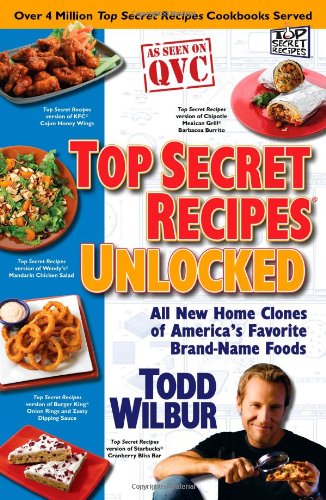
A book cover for Top Secret Recipes Unlocked: All New Home Clones of America's Favorite Brand-Name Foods; Todd Wilbur; Reference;